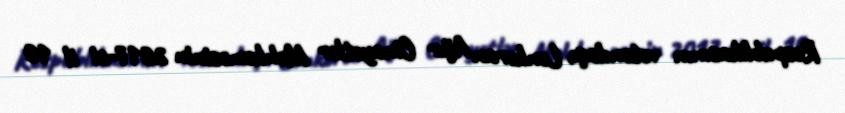
Respublikasının vətəndaşı, Lənkəran Ağır Cinayətlər Məhkəməsinin 2017-ci il 10